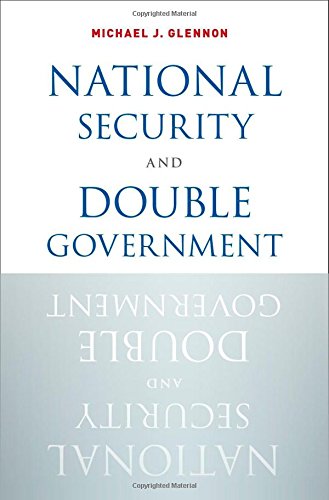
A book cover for National Security and Double Government; Michael J. Glennon; Law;